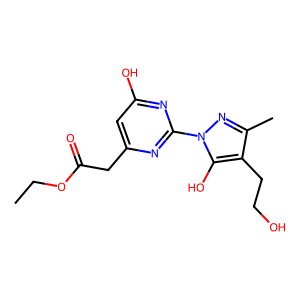
SMILES: CCOC(=O)Cc1cc(O)nc(-n2nc(C)c(CCO)c2O)n1
Inhibits HIV replication: No